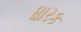
ધારક